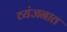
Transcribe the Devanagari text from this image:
व्यंजनात